Annual statistical returns and brief notes on vaccination in Bengal - 1896-1909
Year: 1896
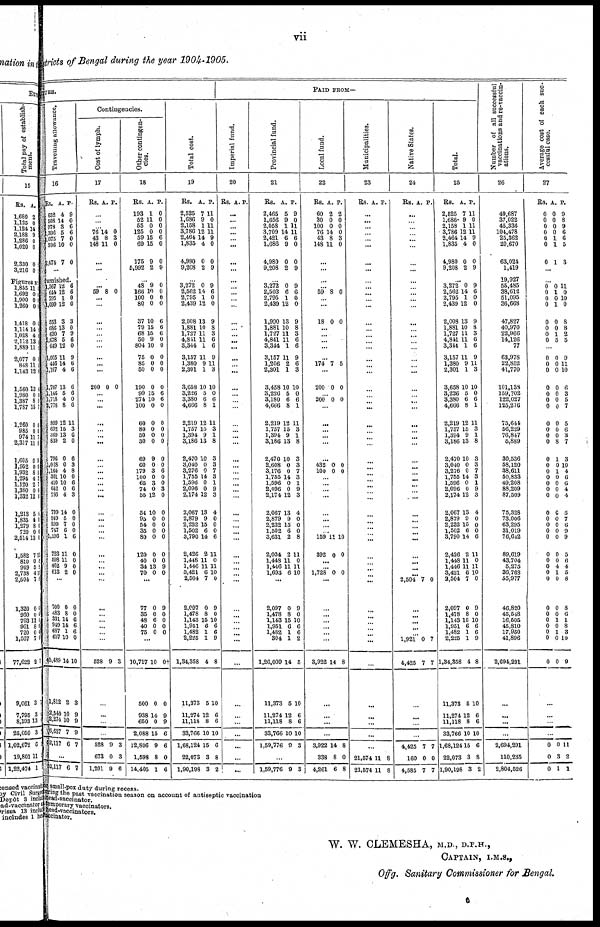
vii
Districts of Bengal during the year 1904-1905.
TURE.
Travelling allowance.
16
Rs.
652
508
978
1,396
1,075
596
2,474
A.
4
14
3
5
7
10
7
P.
9
0
6
6
0
0
0
...
furnished.
1,367
644
795
1,099
553
686
630
8,678
649
1,005
446
1,107
1,707
1,146
1,718
2,778
899
692
369
839
796
1,028
1,164
361
410
642
786
799
949
899
747
1,196
723
598
462
613
12
12
1
12
3
13
7
5
12
11
14
4
13
5
4
8
12
15
13
2
0
0
4
10
10
0
4
14
5
7
6
1
11
11
9
2
6
6
0
0
3
0
9
6
0
9
6
6
6
6
0
6
11
3
6
0
6
3
8
0
6
6
3
0
0
0
0
6
0
0
0
0
...
700
483
331
949
687
657
45,489
1,812
2,540
2,274
6,627
52,117
0
8
14
14
1
10
14
2
10
10
7
6
0
0
6
6
6
0
10
3
9
9
9
7
...
52,117 6 7
Contingencies.
Cost of lymph.
17
Rs. A. P.
...
...
... 76
43
148
14
8
11
0
3
0
...
...
...
...
59 8 0
...
...
...
...
...
...
...
...
...
...
200 0 0
...
...
...
...
... ...
...
...
... ...
...
...
...
...
...
...
...
...
...
...
... ...
... ...
...
...
... ...
...
...
528 9 3
...
...
...
...
528
673
1,201
9
0
9
3
3
6
Other contingen¬
cies.
18
Rs.
193
52
55
125
59
69
175
5,992
A.
1
11
0
0
15
15
9
2
P.
0
0
0
0
6
0
0
9
...
48
166
100
80
37
79
68
50
804
75
85
50
190
99
274
100
60
80
50
30
69
60
179
100
65
74
55
54
95
54
35
80
120
40
34
70
9
10
0
0
10
15
15
9
10
0
0
0
0
15
10
0
0
0
0
0
9
0
3
0
3
0
12
10
0
0
0
0
0
0
13
0
0
0
0
0
6
6
6
0
0
0
0
0
0
6
6
0
0
0
0
0
0
0
6
0
0
3
0
0
0
0
0
0
0
0
9
0
...
77
35
48
40
75
0
0
6
0
0
9
0
0
0
0
...
10,717
500
938
650
2,088
12,806
1,598
14,405
10
0
14
0
15
9
8
1
0†
0
9
9
6
6
0
6
Total cost.
19
Rs.
2,525
1,686
2,158
3,786
2,464
1,835
4,980
9,208
A.
7
9
1
12
14
4
0
2
P.
11
0
11
11
9
0
0
9
...
3,272
2,562
2,795
2,439
2,008
1,881
1,727
4,841
3,344
3,157
1,380
2,301
3,658
3,226
3,380
4,666
2,219
1,757
1,394
3,186
2,470
3,040
3,276
1,755
1,596
2,096
2,174
2,067
2,879
2,232
1,502
3,790
2,426
1,448
1,446
3,421
2,504
2,097
1,478
1,143
1,951
1,482
2,225
1,34,358
11,373
11,274
11,118
33,766
1,68,124
22,073
1,90,198
0
14
1
12
13
10
11
11
1
11
9
1
10
5
6
8
12
15
9
13
10
0
0
14
0
0
12
13
9
15
6
14
2
11
11
6
7
0
8
15
6
1
1
4
5
12
8
10
15
3
3
9
6
0
0
9
8
3
6
6
9
11
3
10
0
6
1
11
3
1
8
3
3
7
3
1
9
3
4
0
0
0
6
11
0
11
10
0
9
0
10
6
6
9
8
10
6
6
10
6
8
2
PAID FROM—
Imperial fund.
20
Rs. A. P.
...
...
...
...
... ...
...
...
...
...
...
...
...
...
...
...
...
...
...
... ...
...
...
...
...
...
...
... ...
...
...
...
...
...
...
...
...
...
...
... ...
...
...
...
... ...
...
... ...
...
... ...
...
...
...
...
...
...
...
...
Provincial fund.
21
Rs.
2,465
1,656
2,058
3,709
2,421
1,686
4,980
9,208
A.
5
9
1
14
6
9
0
2
P.
9
0
11
11
6
0
0
9
...
3,272
2,503
2,795
2,439
1,990
1,881
1,727
4,841
3,344
3,157
1,206
2,301
3,458
3,226
3,180
4,666
2,219
1,757
1,394
3,186
2,470
2,608
3,176
1,755
1,596
2,096
2,174
2,067
2,879
2,232
1,502
3,631
2,034
1,448
1,446
1,693
0
6
1
12
13
10
11
11
1
11
2
1
10
5
6
8
12
15
9
13
10
0
0
14
0
0
12
13
9
15
6
2
2
11
11
6
9
6
0
0
9
8
3
6
6
9
6
3
10
0
6
1
11
3
1
8
3
3
7
3
1
9
3
4
0
0
0
8
11
0
11
10
...
2,097
1,478
1,143
1,951
1,482
304
1,26,009
11,373
11,274
11,118
33,766
1,59,776
0
8
15
6
1
1
14
5
12
8
10
9
9
0
10
6
6
2
5
10
6
6
10
3
...
1,59,776 9 3
Local fund.
22
Rs.
60
30
100
76
43
148
A.
2
0
0
14
8
11
P.
2
0
0
0
3
0
...
...
...
...
59 8 0
...
...
18 0 0
...
...
...
...
...
174 7 5
...
200 0 0
... 200 0 0
...
...
...
... ...
...
432
100
0
0
0
0
... ...
...
...
...
...
...
... 159
392
11
0
10
0
... ...
1,728 0 0
...
...
...
...
...
...
...
3,922 14 8
...
...
...
...
3,922
338
4,261
14
8
6
8
0
8
Municipalities.
23
Rs. A. P.
...
...
...
...
... ...
...
...
...
... ...
... ...
...
...
...
...
...
...
...
...
...
...
... ...
...
...
...
...
...
...
...
...
...
...
...
...
... ...
...
...
...
...
...
... ...
...
...
...
... ...
...
...
...
...
...
...
...
21,574
21,574
11
11
8
8
Native States.
24
Rs. A. P.
...
...
...
...
...
...
...
...
...
...
...
...
...
...
...
...
...
...
...
... ...
...
...
...
...
...
...
... ...
...
... ...
...
...
...
...
...
...
...
... ...
...
...
...
... 2,504 7 0
...
... ...
...
...
1,921
4,425
0
7
7
7
...
...
...
...
4,425
160
4,585
7
0
7
7
0
7
Total.
25
Rs.
2,625
1,686
2,158
3,786
2,464
1,835
4,980
9,208
A.
7
9
1
12
14
4
0
2
P.
11
0
11
11
9
0
0
9
...
3,272
2,562
2,795
2,439
2,008
1,881
1,727
4,841
3,344
3,157
1,380
2,301
3,658
3,226
3,380
4,666
2,219
1,757
1,394
3,186
2,470
3,040
3,276
1,755
1,596
2,096
2,174
2,067
2,879
2,232
1,502
3,790
2,426
1,448
1,446
3,421
2,504
2,097
1,478
1,143
1,951
1,482
2,225
1,34,358
11,373
11,274
11,118
33,766
1,68,124
22,073
1,90,198
0
14
1
12
13
10
11
11
1
11
9
1
10
5
6
8
12
15
9
13
10
0
0
14
0
0
12
13
9
15
6
14
2
11
11
6
7
0
8
15
6
1
1
4
5
12
8
10
15
3
3
9
6
0
0
9
8
3
6
6
9
11
3
10
0
6
1
11
3
1
8
3
3
7
3
1
9
3
4
0
0
0
6
11
0
11
10
0
9
0
10
6
6
9
8
10
6
6
10
6
8
2
Number of all successful
vaccinations and re-vaccin-
ations.
26
49,687
37,022
45,336
104,478
25,362
20,670
63,024
1,419
19,927
55,485
38,612
51,095
36,668
47,827
40,970
22,966
14,126
77
63,978
22,852
41,770
101,138
159,702
122,027
125,276
75,644
56,229
76,847
5,889
30,536
58,120
38,611
50,833
49,208
88,209
87,509
75,328
73,006
63,295
31,019
76,642
89,619
43,704
5,275
36,768
55,977
46,820
45,548
16,505
45,810
17,950
41,896
2,694,291
...
...
...
...
2,694,291
110,235
2,804,526
Average cost of each suc-
cessful case.
27
Rs.
0
0
0
0
0
0
0
A.
0
0
0
0
1
1
1
P.
9
8
9
6
6
5
3
...
...
0
0
0
0
0
0
0
0
0
1
0
1
0
0
1
5
11
0
10
0
8
8
2
5
...
0
0
0
0
0
0
0
0
0
0
0
0
0
0
0
0
0
0
0
0
0
0
0
0
0
0
0
0
0
0
0
0
0
0
0
0
0
0
0
0
0
0
0
0
0
8
1
0
1
0
0
0
0
0
0
0
0
0
0
0
4
1
0
0
0
1
0
1
0
0
9
11
10
6
3
5
7
5
6
3 7
3
10
4
6
6
4
4
5
7
6
9
9
5
6
4
5
8
8
6
1
8
3
10
9
...
...
...
...
0
0
0
0
3
1
11
2
1
or small-pox duty during recess.
during the past vaccination season on account of antiseptic vaccination
head-vaccinator.
temporary vaccinators.
head-vaccinators.
vaccinator.
W. W. CLEMESHA, M.D., D.P.H.,
CAPTAIN, I.M.S.,
Offg. Sanitary Commissioner for Bengal.